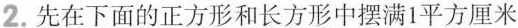
2.先在下面的正方形和长方形中摆满1平方厘米